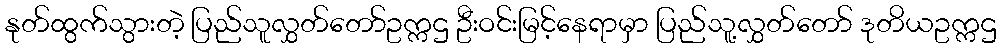
နုတ်ထွက်သွားတဲ့ ပြည်သူလွှတ်တော်ဥက္ကဌ ဦးဝင်းမြင့်နေရာမှာ ပြည်သူ့လွှတ်တော် ဒုတိယဥက္ကဌ